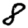
Digit: 8